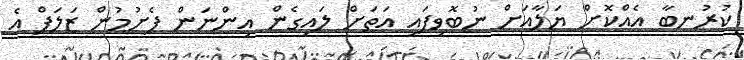
ކުރުނބާ އެއްކޮށް ޔަލާއަށް ނުބޮވިފައި އަތަށް ލައިގެން އިންނަން ފެށުމުން ޒަލަފް އެ